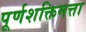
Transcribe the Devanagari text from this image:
पूर्णशक्तिमत्ता